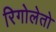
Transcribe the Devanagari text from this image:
रिगोलेतो